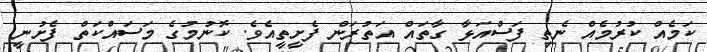
ކަމެއް ކުރުމެއް ނެތި ފަސްއަޅާ ގާތައް އަތުރަން ފެށީތީއެވެ. ކޮނުމުގެ މަސައްކަތް ފެށުނީ